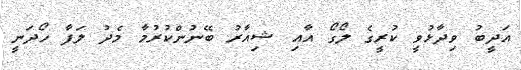
އަދީބު ވިދާޅުވީ ކުރީގެ ލޯގޯ އާއި ޝިއާރު ބޭނުންކުރުމާ މެދު ލަފާ ހޯދަނީ